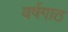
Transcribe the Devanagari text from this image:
वर्षगाठ